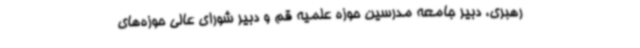
رهبری، دبیر جامعه مدرسین حوزه علمیه قم و دبیر شورای عالی حوزه‌های